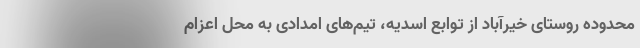
محدوده روستای خیرآباد از توابع اسدیه، تیم‌های امدادی به محل اعزام